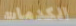
الكدمات